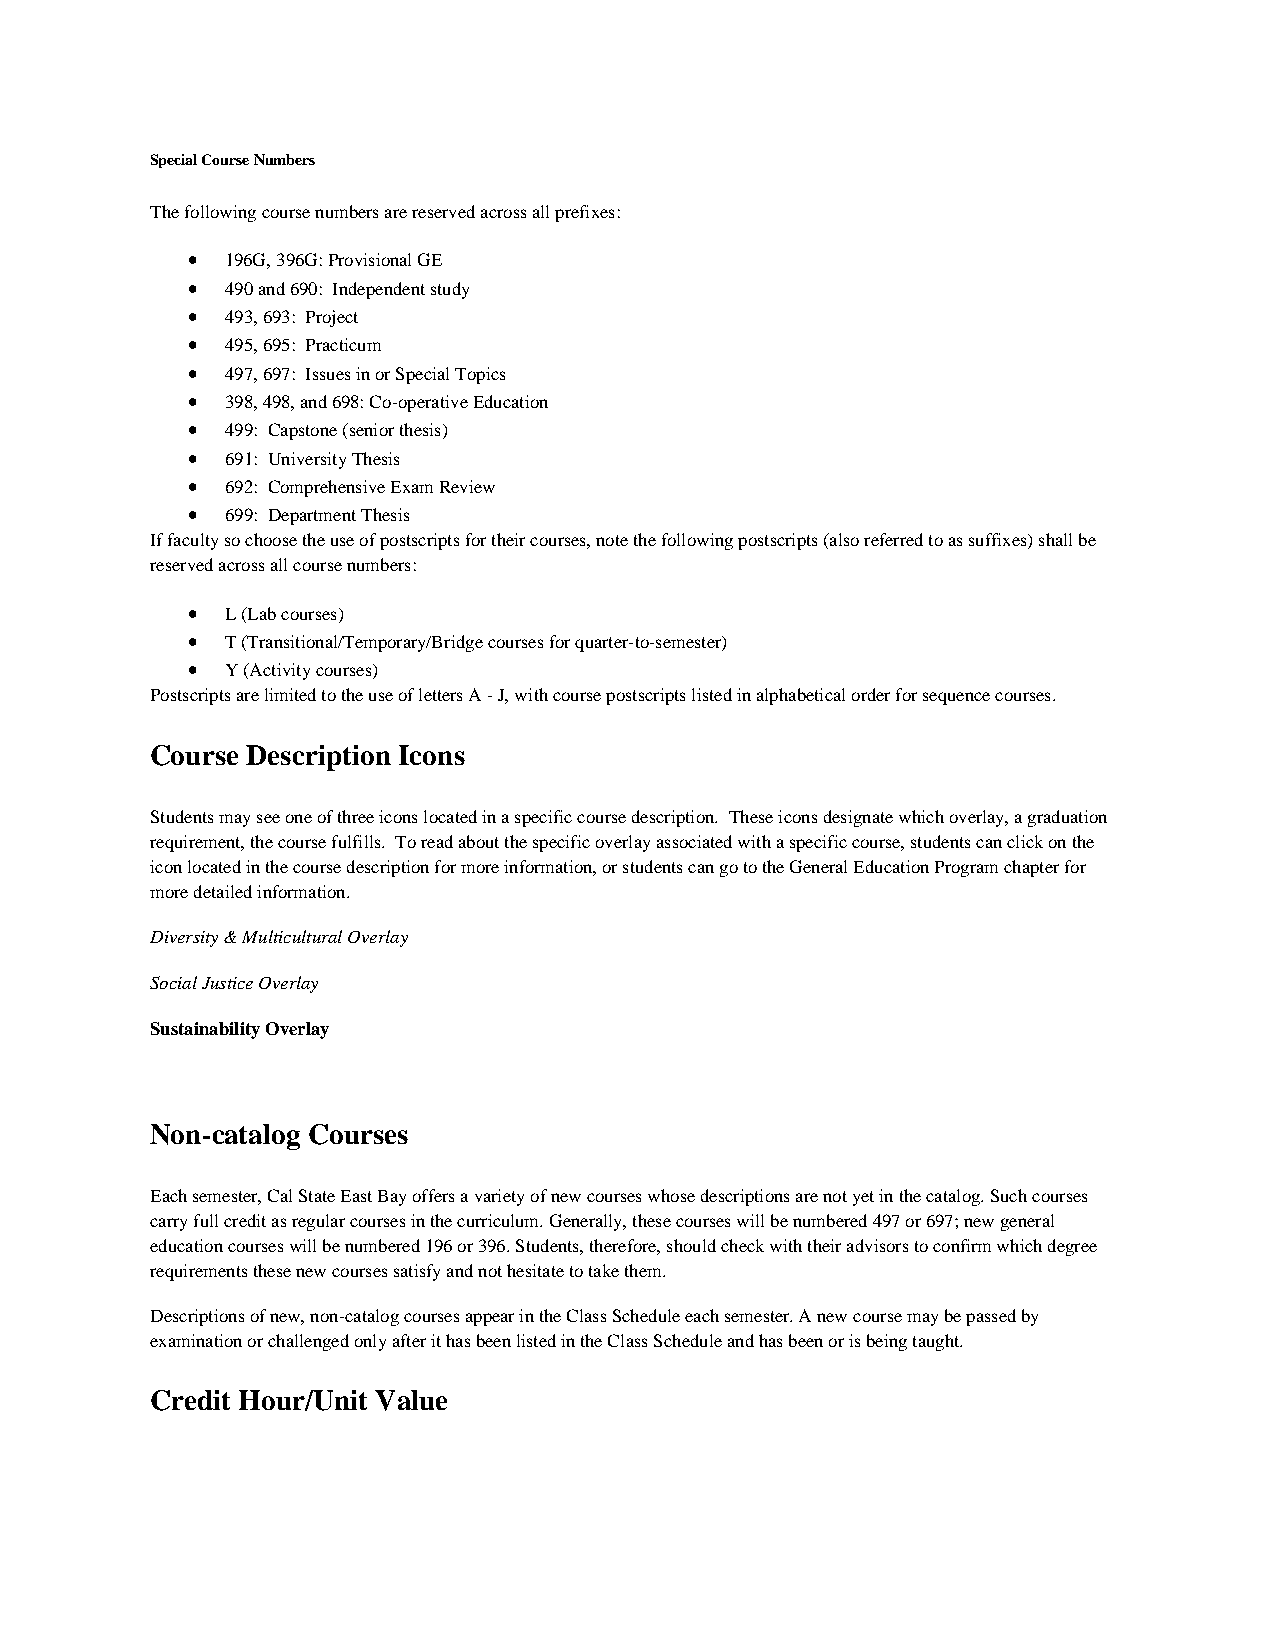
Special Course Numbers
 The following course numbers are reserved across all prefixes:
 •  196G, 396G: Provisional GE
 •  490 and 690: Independent study
 •  493, 693: Project
 •  495, 695: Practicum
 •  497, 697: Issues in or Special Topics
 •  398, 498, and 698: Co-operative Education
 •  499: Capstone (senior thesis)
 •  691: University Thesis
 •  692: Comprehensive Exam Review
 •  699: Department Thesis
 If faculty so choose the use of postscripts for their courses, note the following postscripts (also referred to as suffixes) shall be
 reserved across all course numbers:
 •  L (Lab courses)
 •  T (Transitional/Temporary/Bridge courses for quarter-to-semester)
 •  Y (Activity courses)
 Postscripts are limited to the use of letters A - J, with course postscripts listed in alphabetical order for sequence courses.
 Course Description Icons
 Students may see one of three icons located in a specific course description. These icons designate which overlay, a graduation
 requirement, the course fulfills. To read about the specific overlay associated with a specific course, students can click on the
 icon located in the course description for more information, or students can go to the General Education Program chapter for
 more detailed information.
 Diversity & Multicultural Overlay
 Social Justice Overlay
 Sustainability Overlay
 Non-catalog Courses
 Each semester, Cal State East Bay offers a variety of new courses whose descriptions are not yet in the catalog. Such courses
 carry full credit as regular courses in the curriculum. Generally, these courses will be numbered 497 or 697; new general
 education courses will be numbered 196 or 396. Students, therefore, should check with their advisors to confirm which degree
 requirements these new courses satisfy and not hesitate to take them.
 Descriptions of new, non-catalog courses appear in the Class Schedule each semester. A new course may be passed by
 examination or challenged only after it has been listed in the Class Schedule and has been or is being taught.
 Credit Hour/Unit Value